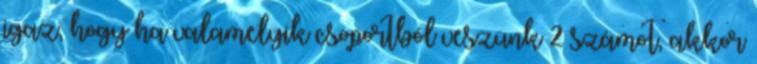
igaz, hogy ha valamelyik csoportból veszünk 2 számot, akkor